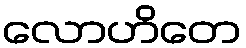
လောဟိတေ